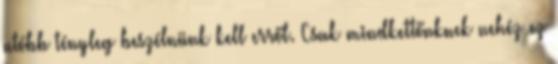
utóbb tényleg beszélnünk kell erről. Csak mindkettőnknek nehéz ez